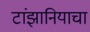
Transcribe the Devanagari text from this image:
टांझानियाचा